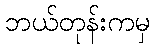
ဘယ်တုန်းကမှ